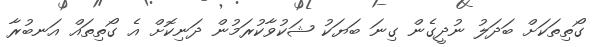
ގޯތިތަކަށް ބަދަލު ނުދީގެން ގިނަ ބަޔަކު ޝަކުވާކުރަމުން ދަނިކޮށް އެ ގޯތިތައް އަނބުރާ